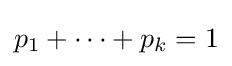
p_{1}+\dots +p_{k}=1